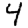
Digit: 4